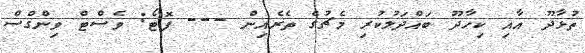
ތުޅާދޫ އާއި ކިހާދޫ ބައްދަލުކުރި މެޗުގެ ތެރެއިިން --- ފޮޓޯ: ވެސްޓް ވިންގްސް